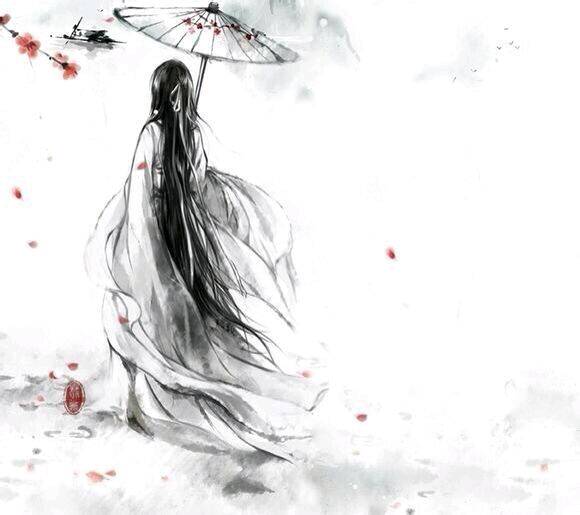
其余七匹亦殊绝，迥若寒空动烟雪。